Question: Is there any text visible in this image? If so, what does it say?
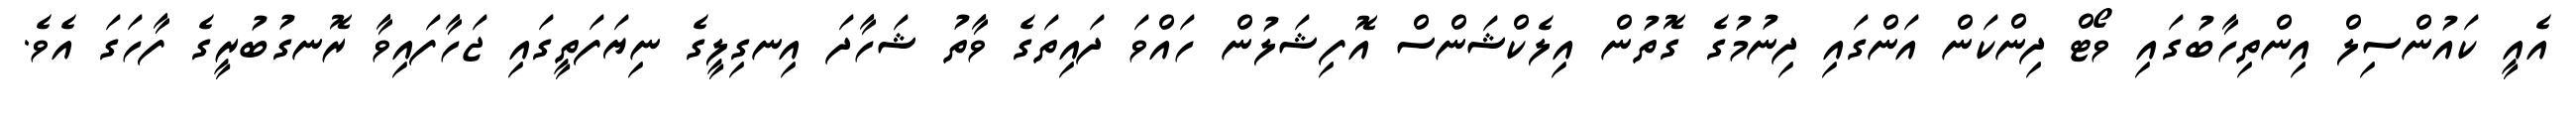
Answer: އެއީ ކައުންސިލް އިންތިހާބުގައި ވޯޓް ދިންކަން އަންގައި ދިނުމުގެ ގޮތުން އިލެކްޝަންސް އޮފިޝަލުން ހައްވަ ދައިތަގެ ވާތު ޝަހާދަ އިނގިލީގެ ނިޔަފަތީގައި ޖަހާފައިވާ ރޮނގުބުރީގެ ފާހަގަ އެވެ.